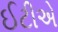
ઈટીએ